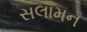
સલામન